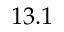
1 3 . 1